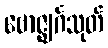
ဗောဇ္ဈင်္ဂသုတ်